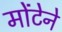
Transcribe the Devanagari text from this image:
मोंटेने